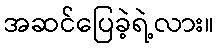
အဆင်ပြေခဲ့ရဲ့လား။